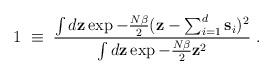
LaTeX: \begin{align*}1\;\equiv\;{\int d {\bf z} \exp - {N\beta\over 2} ({\bf z}-\sum_{i=1}^d {\bf s}_i)^2\over \int d {\bf z} \exp - {N\beta\over 2} {\bf z}^2}\;.\end{align*}